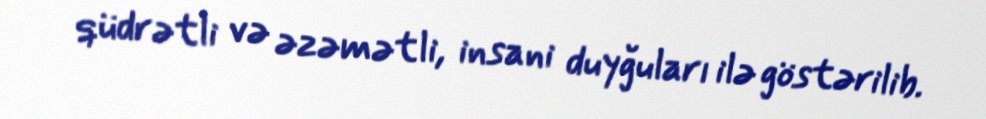
qüdrətli və əzəmətli, insani duyğuları ilə göstərilib.